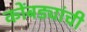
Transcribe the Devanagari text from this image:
कोंबड्यांची